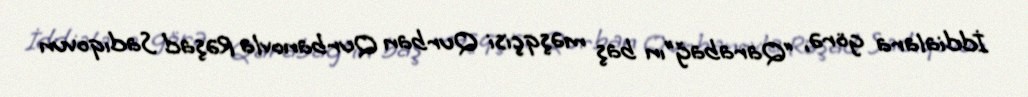
İddialara görə, “Qarabağ”ın baş məşqçisi Qurban Qurbanovla Rəşad Sadıqovun